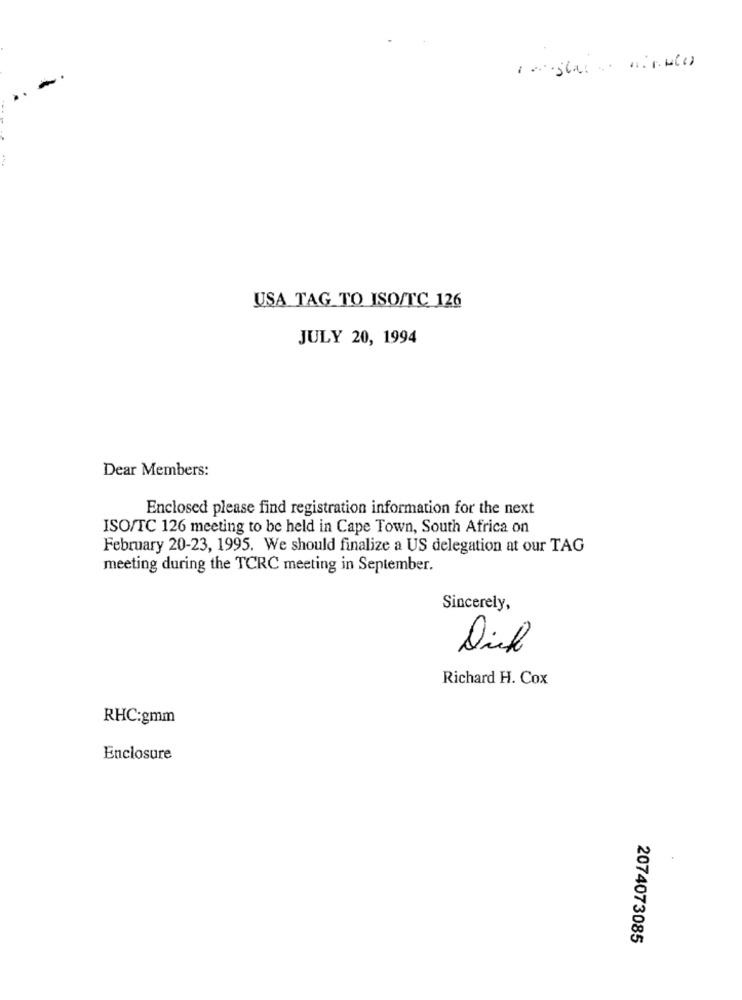
USA TAG TO ISO/TC 126
JULY 20, 1994
Dear Members:
Enclosed please find registration information for the next
ISO/TC 126 meeting to be held in Cape Town, South Africa on
February 20-23, 1995. We should finalize a US delegation at our TAG
meeting during the TCRC meeting in September.
Sincerely,
Dich
Richard H. Cox
RHC:gmm
Enclosure
2074073085